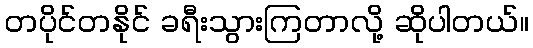
တပိုင်တနိုင် ခရီးသွားကြတာလို့ ဆိုပါတယ်။